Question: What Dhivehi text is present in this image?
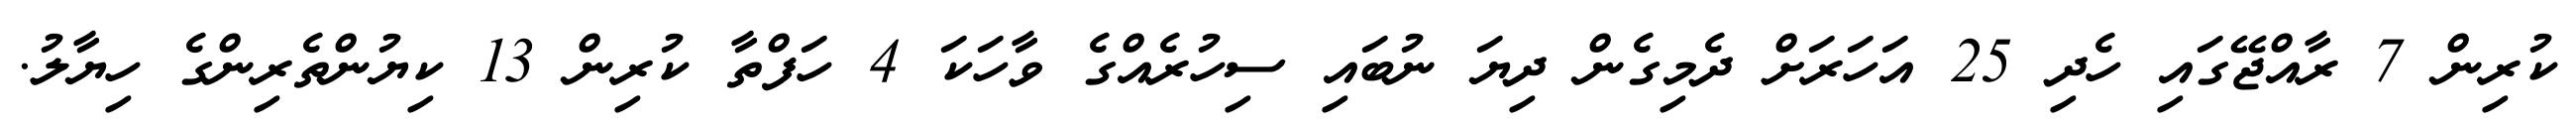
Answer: ކުރިން 7 ރާއްޖޭގައި ހެދި 25 އަހަރަށް ދެމިގެން ދިޔަ ނުބައި ސިހުރެއްގެ ވާހަކަ 4 ހަފްތާ ކުރިން 13 ކިޔުންތެރިންގެ ހިޔާލު.